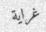
غراية